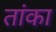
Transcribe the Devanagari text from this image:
तांका